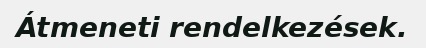
Átmeneti rendelkezések.